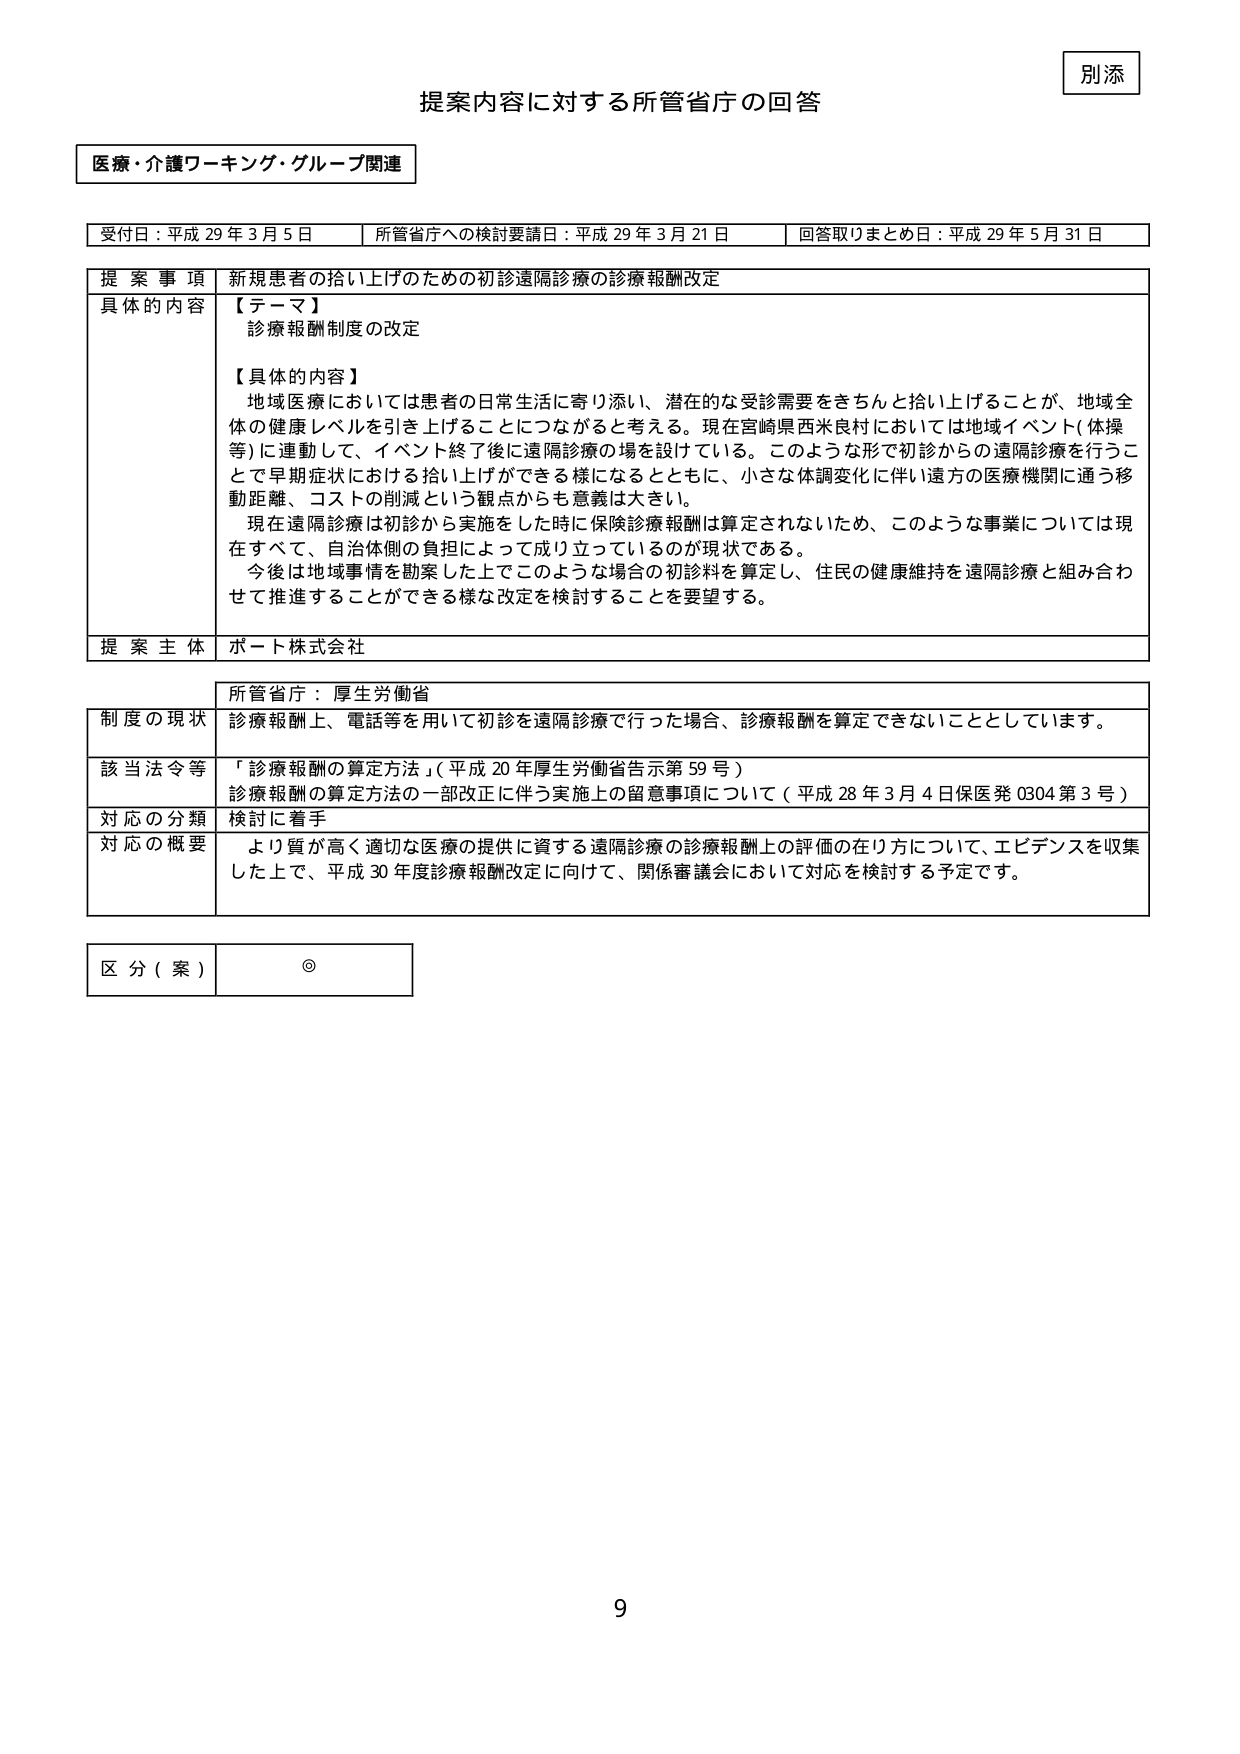
別添

提案内容に対する所管省庁の回答

医療・介護ワーキング・グループ関連

受付日：平成29年3月5日　　所管省庁への検討要請日：平成29年3月21日　　回答取りまとめ日：平成29年5月31日

提案事項　新規患者の拾い上げのための初診遠隔診療の診療報酬改定

具体的な内容　【テーマ】
診療報酬制度の改定

【具体的内容】
地域医療においては患者の日常生活に寄り添い、潜在的な受診需要をきちんと拾い上げることが、地域全体の健康レベルを引き上げることにつながると考える。現在宮崎県西米良村においては地域イベント（体操等）に連動して、イベント終了後に遠隔診療の場を設けている。このような形で初診からの遠隔診療を行うことで早期症状における拾い上げができる様になるとともに、小さな体調変化に伴い遠方の医療機関に通う移動距離、コストの削減という観点からも意義は大きい。
現在遠隔診療は初診から実施をした時に保険診療報酬は算定されないため、このような事業については現在すべて、自治体側の負担によって成り立っているのが現状である。
今後は地域事情を勘案した上でこのような場合の初診料を算定し、住民の健康維持を遠隔診療と組み合わせて推進することができる様な改定を検討することを要望する。

提案主体　ポート株式会社

所管省庁：厚生労働省

制度の現状　診療報酬上、電話等を用いて初診を遠隔診療で行った場合、診療報酬を算定できないこととしています。

該当法令等　「診療報酬の算定方法」（平成20年厚生労働省告示第59号）
診療報酬の算定方法の一部改正に伴う実施上の留意事項について（平成28年3月4日保医発0304第3号）

対応の分類　検討に着手

対応の概要　より質が高く適切な医療の提供に資する遠隔診療の診療報酬上の評価の在り方について、エビデンスを収集した上で、平成30年度診療報酬改定に向けて、関係審議会において対応を検討する予定です。

区分（案）　◎

9